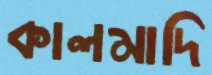
কালমাদি